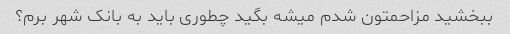
ببخشید مزاحمتون شدم میشه بگید چطوری باید به بانک شهر برم؟